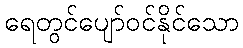
ရေတွင်ပျော်ဝင်နိုင်သော